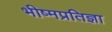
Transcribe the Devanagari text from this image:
भीष्मप्रतिज्ञा